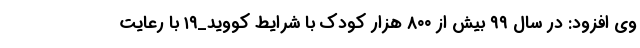
وی افزود: در سال ۹۹ بیش از ۸۰۰ هزار کودک با شرایط کووید_۱۹ با رعایت